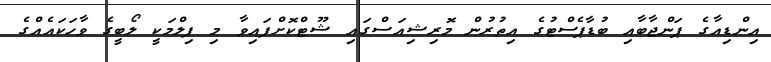
އިންޑިއާގެ ޕަންޖާބާއި ބުޑާޕެސްޓުގެ އިތުރުން މޮރިޝިއަސްގައި ޝޫޓްކޮށްފައިވާ މި ފިލްމަކީ ލޯބީގެ ވާހަކައެއްގެ